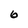
Character: 6